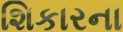
શિકારના